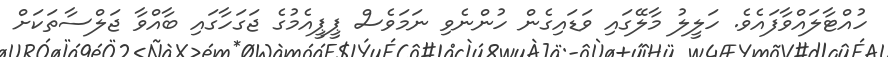
ހުއްޓާލައްވާފައެވެ. ހަލީލު މާލޭގައި ވަޑައިގެން ހުންނެވި ނަމަވެސް ޕީޕީއެމުގެ ޖަގަހާގައި ބާއްވާ ޖަލްސާތަކަށް